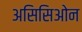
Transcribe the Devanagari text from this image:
असिसिओन